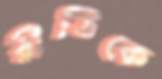
রীতিকে